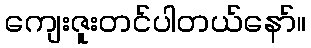
ကျေးဇူးတင်ပါတယ်နော်။